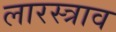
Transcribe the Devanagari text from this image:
लारस्त्राव